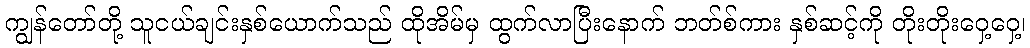
ကျွန်တော်တို့ သူငယ်ချင်းနှစ်ယောက်သည် ထိုအိမ်မှ ထွက်လာပြီးနောက် ဘတ်စ်ကား နှစ်ဆင့်ကို တိုးတိုးဝှေ့ဝှေ့၊